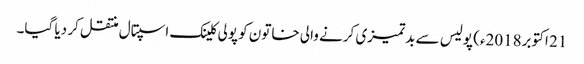
21 اکتوبر2018ء) پولیس سے بدتمیزی کرنے والی خاتون کو پولی کلینک اسپتال منتقل کر دیا گیا۔